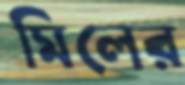
মিলের